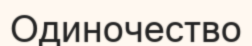
Одиночество